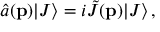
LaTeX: \hat { a } ( { \bf p } ) | J \rangle = i \tilde { J } ( { \bf p } ) | J \rangle \, ,